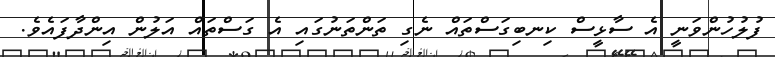
ފުލުހުންވަނީ އެ ސާޅީސް ކިނބިގަސްތައް ނެގި ތަންތަނުގައި އެ ގަސްތައް އަލުން އިންދާފައެވެ.